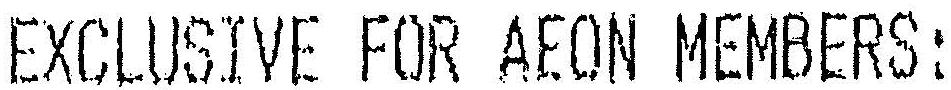
EXCLUSIVE FOR AEON MEMBERS: